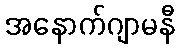
အနောက်ဂျာမနီ